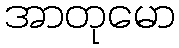
အာတုမော